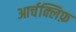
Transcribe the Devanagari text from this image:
आर्चक्लिफ़